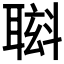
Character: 𮋸